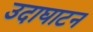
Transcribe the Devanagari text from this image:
उदाघाटन